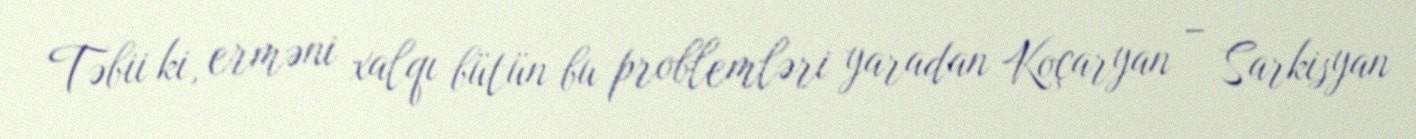
Təbii ki, erməni xalqı bütün bu problemləri yaradan Koçaryan – Sarkisyan